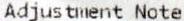
ADJUSTMENT NOTE